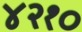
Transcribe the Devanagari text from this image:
४२१०